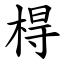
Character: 棏